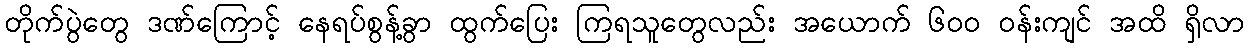
တိုက်ပွဲတွေ ဒဏ်ကြောင့် နေရပ်စွန့်ခွာ ထွက်ပြေး ကြရသူတွေလည်း အယောက် ၆ဝဝ ဝန်းကျင် အထိ ရှိလာ